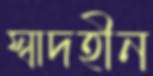
স্বাদহীন